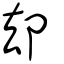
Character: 却